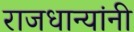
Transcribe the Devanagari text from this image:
राजधान्यांनी